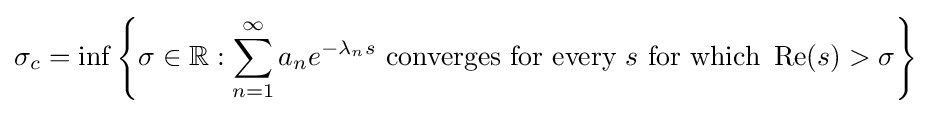
\sigma _{c}=\inf \left\{\sigma \in \mathbb {R} :\sum _{n=1}^{\infty }a_{n}e^{-\lambda _{n}s}{\text{ converges for every }}s{\text{ for which }}\operatorname {Re} (s)>\sigma \right\}